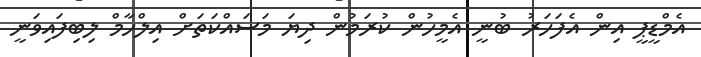
އެމްޑީޕީ އިން އެފަހަރު ބުނީ އެމީހުން ކުރަމުން ދިޔަ މަސައްކަތަށް އިލްހާމް ލިބިފައިވަނީ